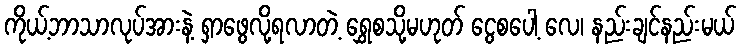
ကိုယ့်ဘာသာလုပ်အားနဲ့ ရှာဖွေလို့ရလာတဲ့ ရွှေစသို့မဟုတ် ငွေစပေါ့ လေ၊ နည်းချင်နည်းမယ်